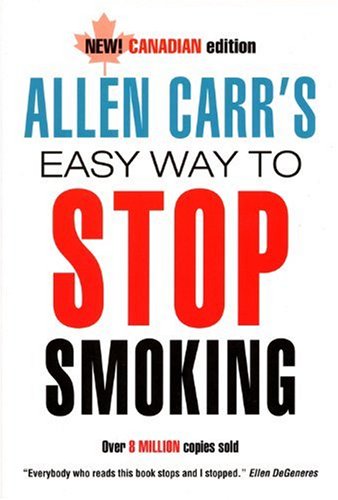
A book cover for Allen Carr's Easy Way to Stop Smoking; Allen Carr; Health, Fitness & Dieting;